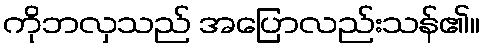
ကိုဘလှသည် အပြောလည်းသန်၏။